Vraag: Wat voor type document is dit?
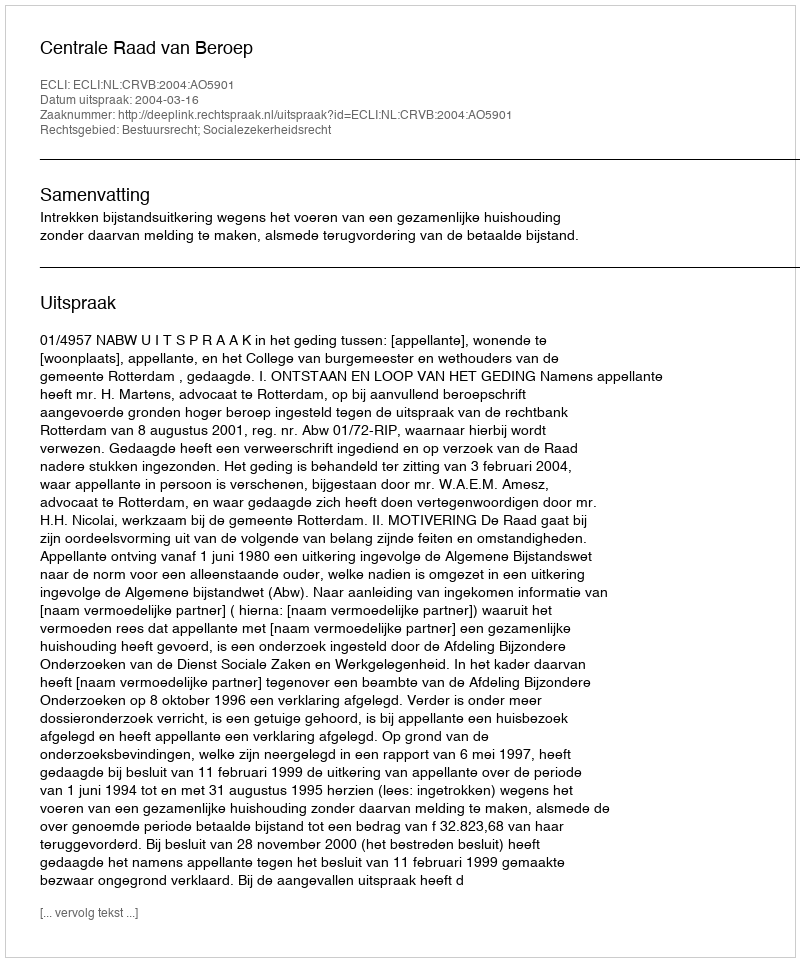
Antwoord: Uitspraak